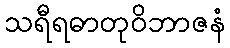
သရီရဓာတုဝိဘာဇနံ